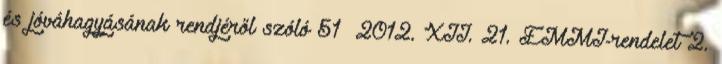
és jóváhagyásának rendjéről szóló 51 2012. XII. 21. EMMI-rendelet 2.